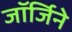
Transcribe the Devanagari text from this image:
जॉर्जिने